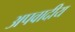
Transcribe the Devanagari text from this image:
अपवादीय